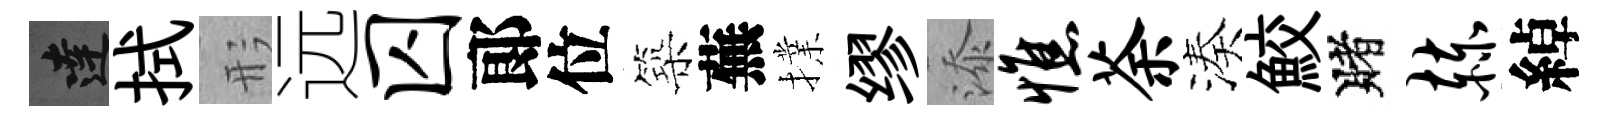
達拭形远囚郞位築蕪擈缪添憔荼湊鮫賭赫綽